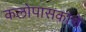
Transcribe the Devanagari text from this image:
कलोपासकाचे